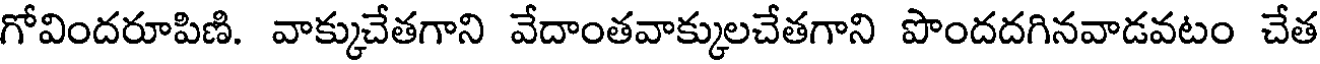
గోవిందరూపిణి. వాక్కుచేతగాని వేదాంతవాక్కులచేతగాని పొందదగినవాడవటం చేత